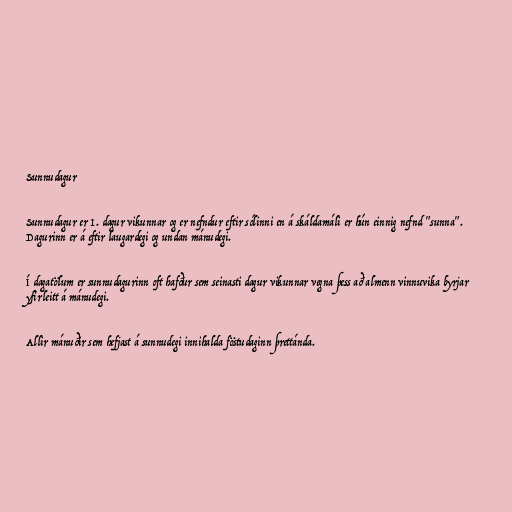
Sunnudagur

Sunnudagur er 1. dagur vikunnar og er nefndur eftir sólinni en á skáldamáli er hún einnig nefnd "sunna".
Dagurinn er á eftir laugardegi og undan mánudegi.

Í dagatölum er sunnudagurinn oft hafður sem seinasti dagur vikunnar vegna þess að almenn vinnuvika byrjar
yfirleitt á mánudegi.

Allir mánuðir sem hefjast á sunnudegi innihalda föstudaginn þrettánda.